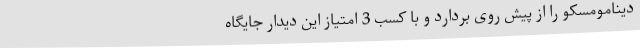
دینامومسکو را از پیش روی بردارد و با کسب 3 امتیاز این دیدار جایگاه